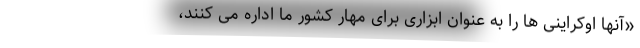
«آنها اوکراینی ها را به عنوان ابزاری برای مهار کشور ما اداره می کنند،